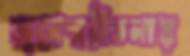
জলেশ্বরীতলায়